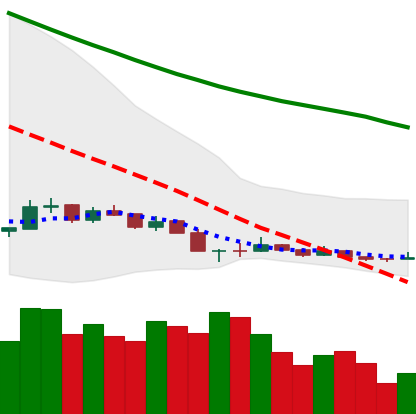
Ticker: NEO-USD
Chart end date: 2018-12-16
Forward return: 21.318%
Label: up_7plus